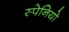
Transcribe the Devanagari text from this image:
स्पेनियो